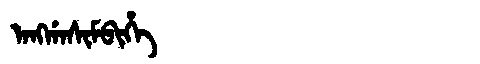
Manchu: ᠠᠩᡤᠠᠰᡳᠮᠪᡳᡥᡝ
Romanization: ANGGASIMBIHE